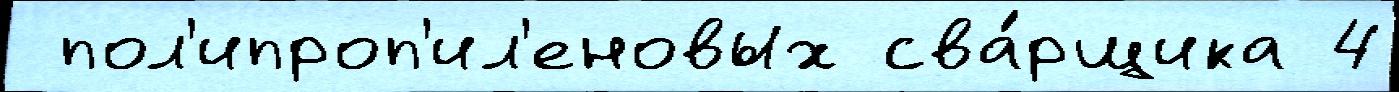
 пол'ипроп'ил'еновых сва́рщика 4